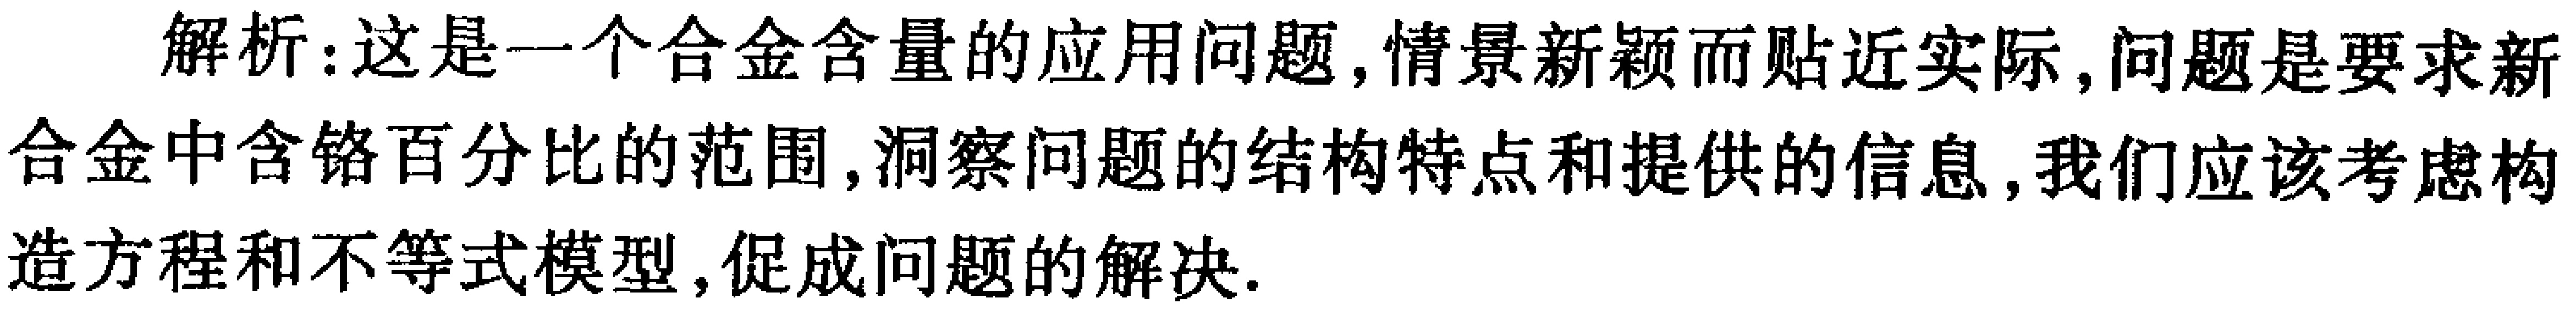
解析：这是一个合金含量的应用问题, 情景新颖而贴近实际, 问题是要求新合金中含铬百分比的范围, 洞察问题的结构特点和提供的信息, 我们应该考虑构造方程和不等式模型, 促成问题的解决.